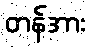
တန်အား